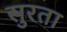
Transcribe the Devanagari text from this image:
सुरता